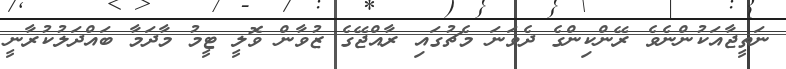
ނަތީޖާއަކުންނެވެ ރޭންކިންގެ ދެވަނަ މެޗުގައި ރާއްޖޭގެ ޒުވާން ވޮލީ ޓީމު މާދަމާ ބައްދަލުކުރާނީ